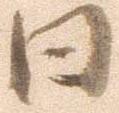
日